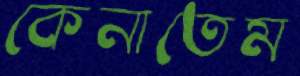
কেনাতেম